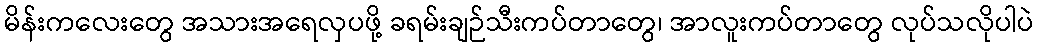
မိန်းကလေးတွေ အသားအရေလှပဖို့ ခရမ်းချဉ်သီးကပ်တာတွေ၊ အာလူးကပ်တာတွေ လုပ်သလိုပါပဲ